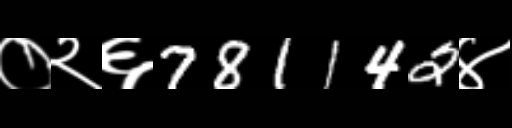
Text: ०२६781142४